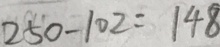
2 5 0 - 1 0 2 = 1 4 8